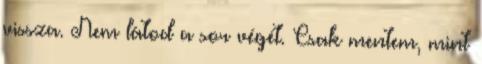
vissza. Nem látod a sor végét. Csak mentem, mint